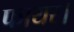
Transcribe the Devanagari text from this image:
फायर।